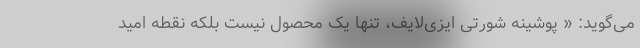
می‌گوید: « پوشینه شورتی ایزی‌لایف، تنها یک محصول نیست بلکه نقطه امید